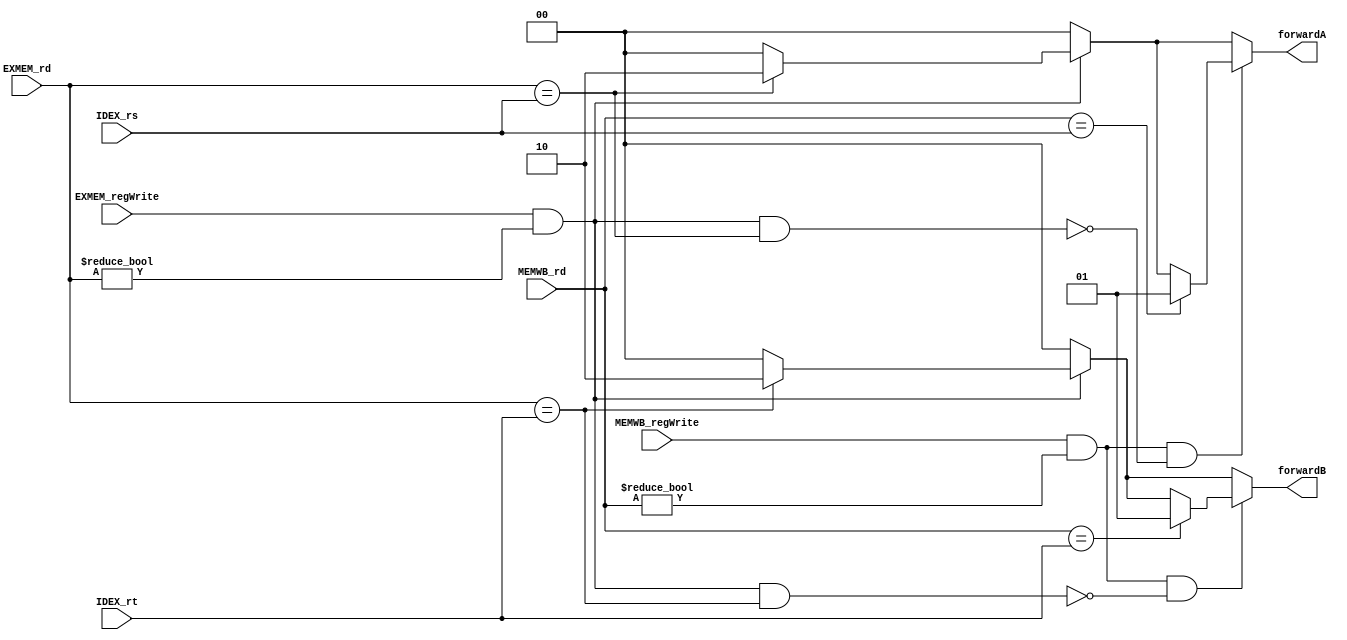
`timescale 1ns / 1ps
//////////////////////////////////////////////////////////////////////////////////
// Company: 
// Engineer: 
// 
// Design Name: 
// Module Name: Forward
// Project Name: 
// Target Devices: 
// Tool Versions: 
// Description: 
// 
// Dependencies: 
// 
// Revision:
// Revision 0.01 - File Created
// Additional Comments:
// 
//////////////////////////////////////////////////////////////////////////////////


module Forward(
    input EXMEM_regWrite,
    input MEMWB_regWrite,
    input [4:0] EXMEM_rd,
    input [4:0] MEMWB_rd,
    input [4:0] IDEX_rt,
    input [4:0] IDEX_rs,
    output reg [1:0] forwardA,
    output reg [1:0] forwardB
    );

    always @(*) begin
        forwardA = 2'b00;
        forwardB = 2'b00;

        // EX/MEM
        if (EXMEM_regWrite && EXMEM_rd != 0) begin
            if (EXMEM_rd == IDEX_rs)
                forwardA = 2'b10;
            if (EXMEM_rd == IDEX_rt)
                forwardB = 2'b10;
        end

        // MEM/WB
        if (MEMWB_regWrite && MEMWB_rd != 0 && !(EXMEM_regWrite && EXMEM_rd != 0 && EXMEM_rd == IDEX_rs))
            if (MEMWB_rd == IDEX_rs)
                forwardA = 2'b01;
        
        if (MEMWB_regWrite && MEMWB_rd != 0 && !(EXMEM_regWrite && EXMEM_rd != 0 && EXMEM_rd == IDEX_rt))
            if (MEMWB_rd == IDEX_rt)
                forwardB = 2'b01;
    end
endmodule